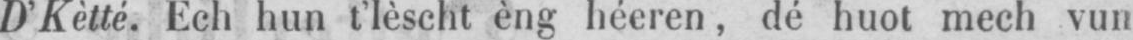
D’Kètté. Ech hun t’lèscht èng héeren, dé huot mech vun